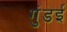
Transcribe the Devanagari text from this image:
गुंडई